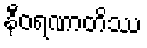
နီဝရဏာတိဿ